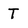
Character: T